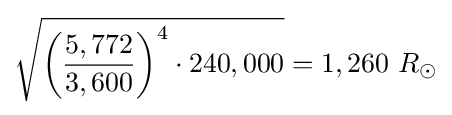
{\sqrt {{\biggl (}{\frac {5,772}{3,600}}{\biggr )}^{4}\cdot 240,000}}=1,260\ R_{\odot }